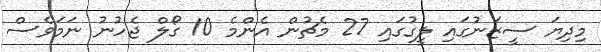
މިދިޔަ ސީޒަނުގައި ލީގުގައި 27 މެޗުން އެންމެ 10 ގޯލް ޖެހުނު ނަމަވެސް